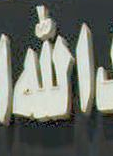
الله